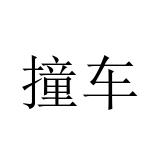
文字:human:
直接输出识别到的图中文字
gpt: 撞车